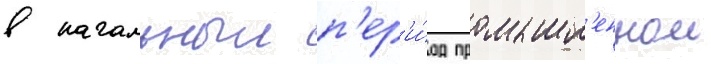
в начальныи п'ер'и́од промышл'еннои